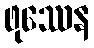
ဖုဿေန